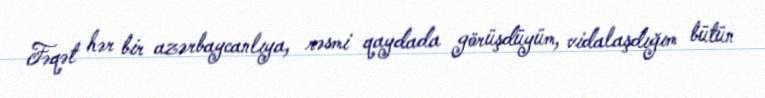
Fəqət hər bir azərbaycanlıya, rəsmi qaydada görüşdüyüm, vidalaşdığım bütün